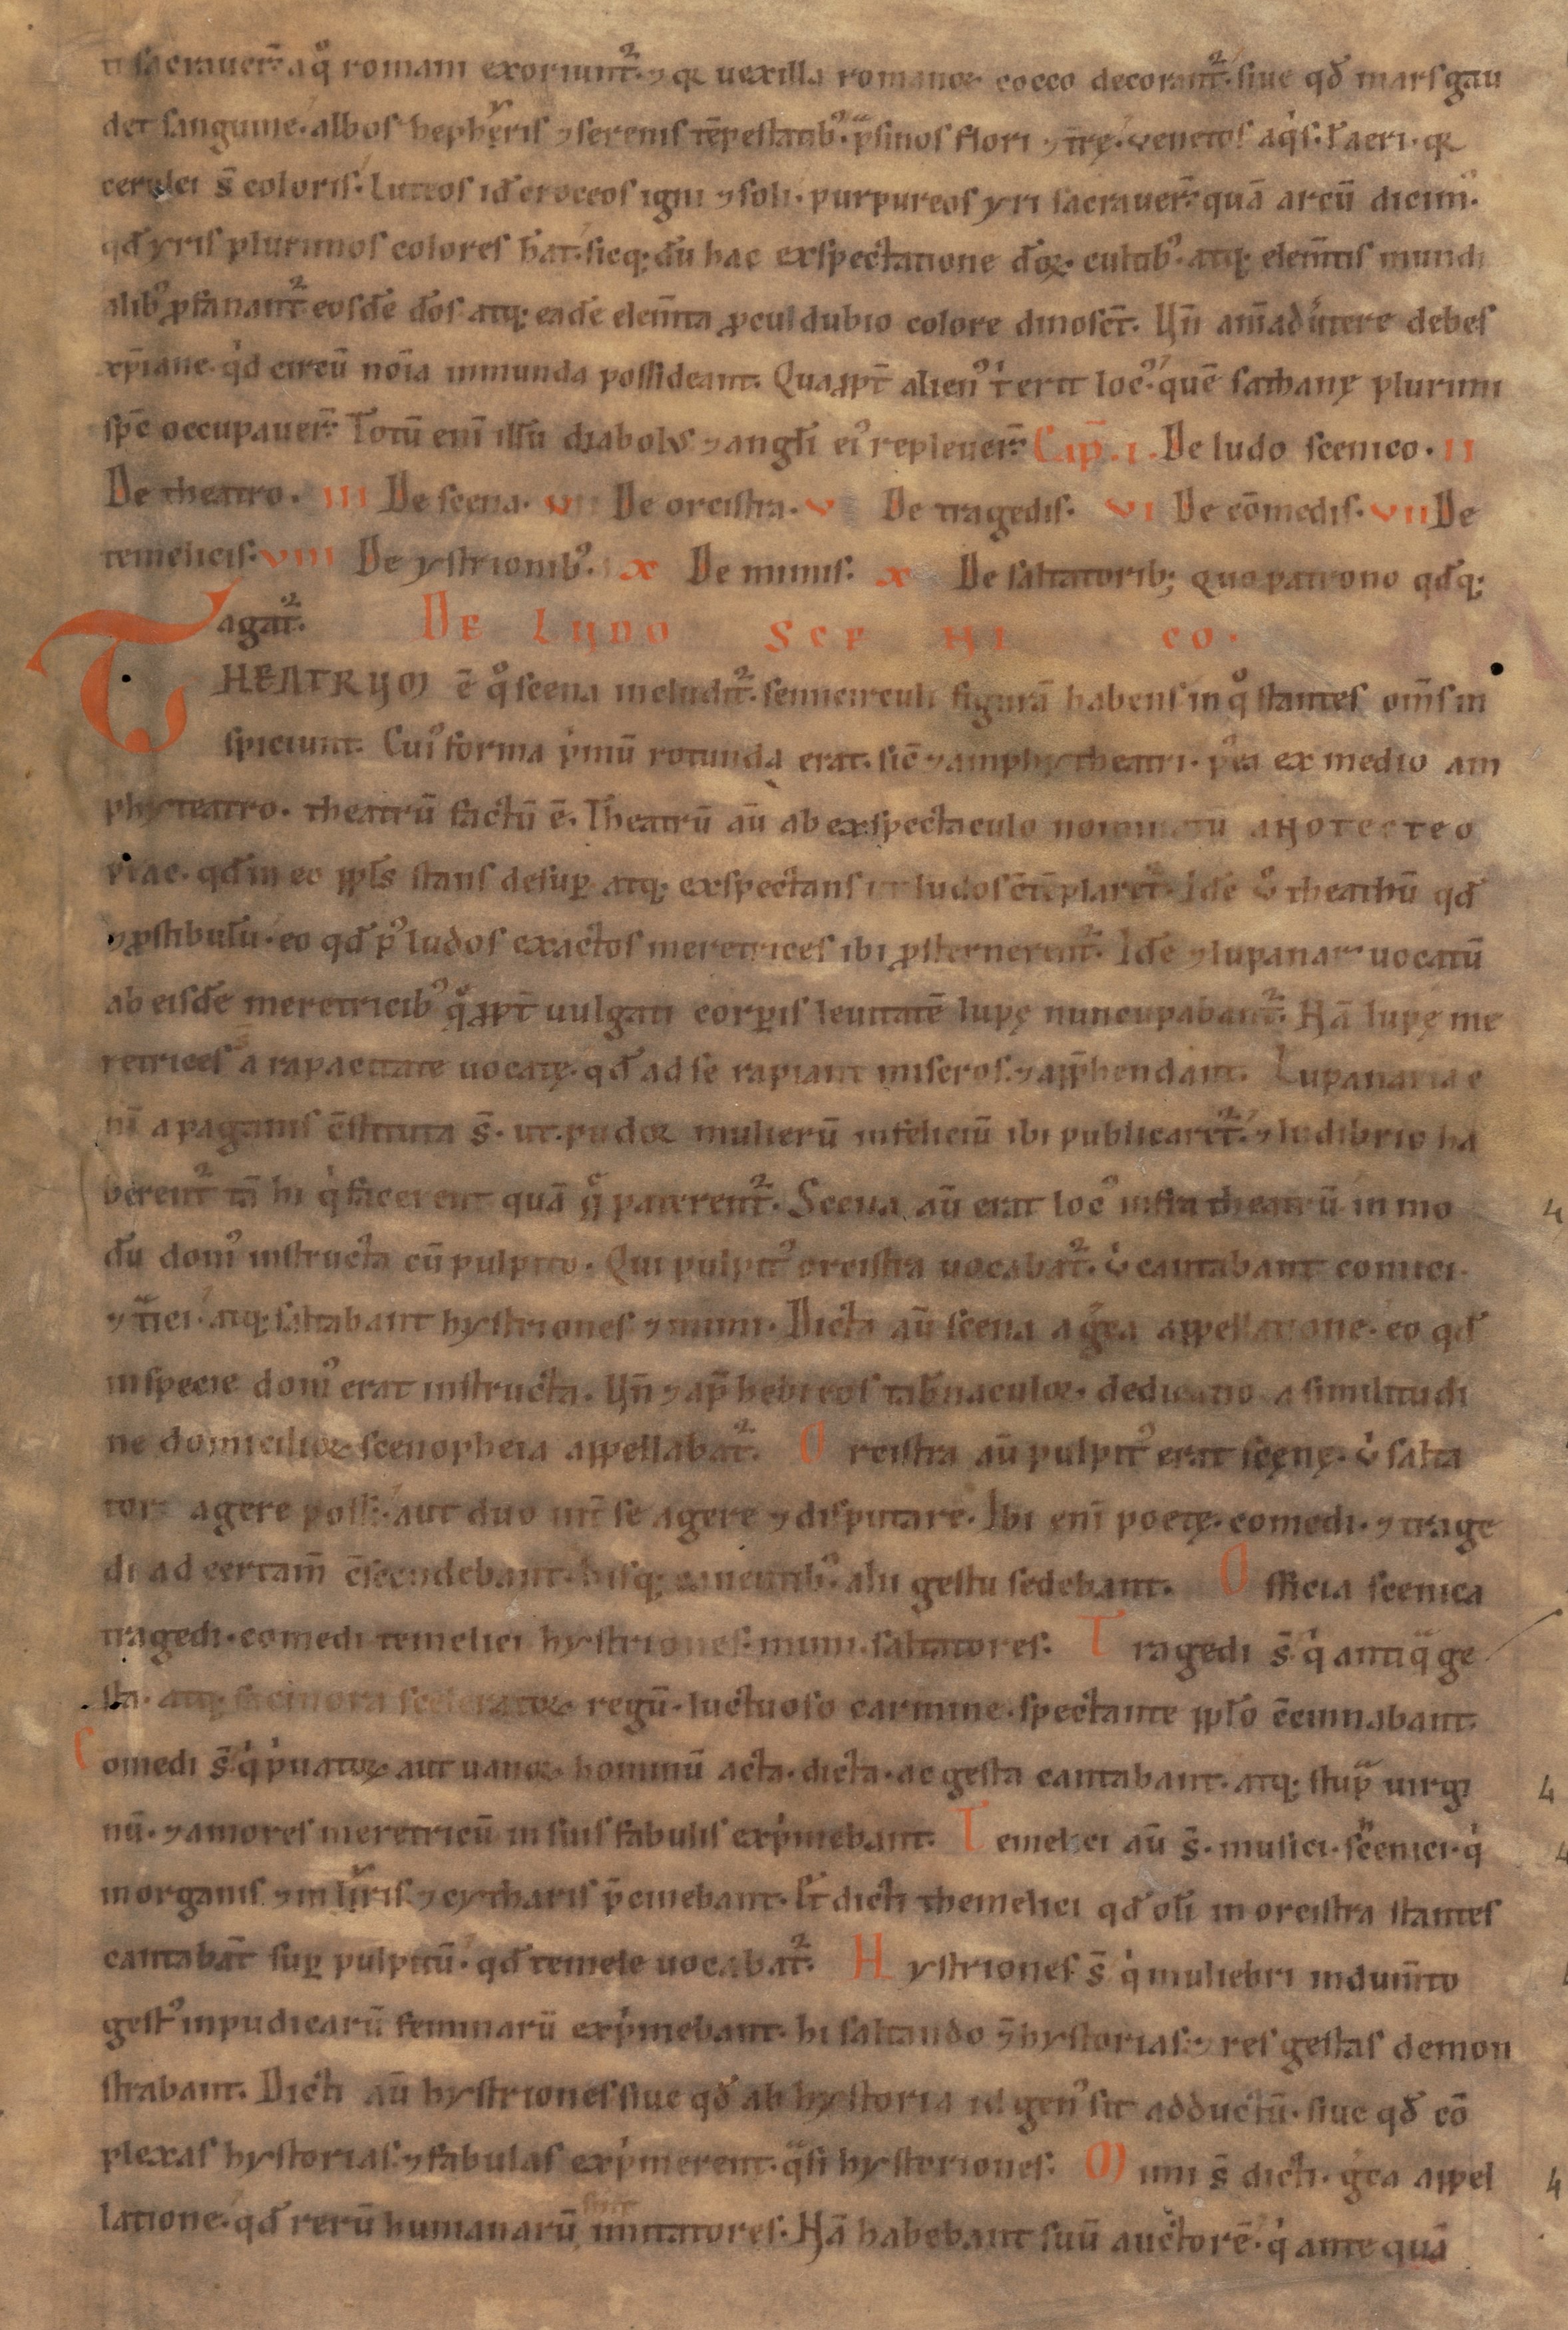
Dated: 1100–1199